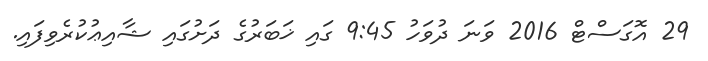
29 އޮގަސްޓް 2016 ވަނަ ދުވަހު 9:45 ގައި ޚަބަރުގެ ދަށުގައި ޝާއިޢުކުރެވިފައި.